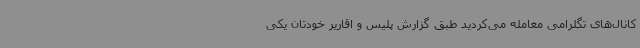
کانال‌های تگلرامی معامله می‌کردید طبق گزارش پلیس و اقاریر خودتان یکی